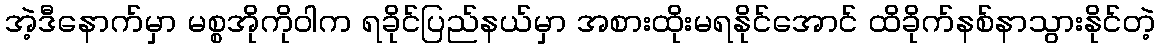
အဲ့ဒီနောက်မှာ မစ္စအိုကိုဝါက ရခိုင်ပြည်နယ်မှာ အစားထိုးမရနိုင်အောင် ထိခိုက်နစ်နာသွားနိုင်တဲ့